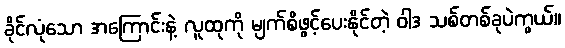
ခိုင်လုံသော အကြောင်းနဲ့ လူထုကို မျက်စိဖွင့်ပေးနိုင်တဲ့ ဝါဒ သစ်တစ်ခုပဲကွယ်။